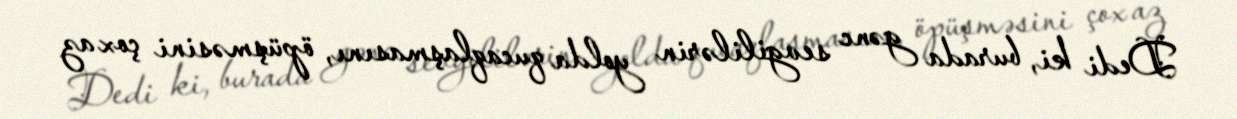
Dedi ki, burada gənc sevgililərin yolda qucaqlaşmasını, öpüşməsini çox az